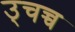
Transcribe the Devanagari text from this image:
उ्चच्च